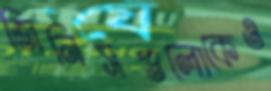
জিনিসগুলোকেও